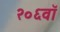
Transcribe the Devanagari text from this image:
२०६वॉ